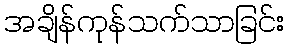
အချိန်ကုန်သက်သာခြင်း